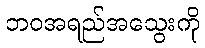
ဘဝအရည်အသွေးကို